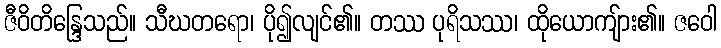
ဇီဝိတိန္ဒြေသည်။ သီဃတရော၊ ပို၍လျင်၏။ တဿ ပုရိသဿ၊ ထိုယောကျ်ား၏။ ဇဝေါ